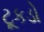
ટૂકડો